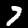
Digit: 7